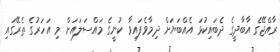
ރާއްޖޭގެ އާބާދީގެ ދެބައިކުޅަ އެއްބަޔަށް ދިމާވެފައިވާ ކުނީގެ މައްސަލައަށް މި އަހަރުގެ ތެރޭގައި